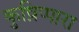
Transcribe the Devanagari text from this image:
कुष़िप्पारा